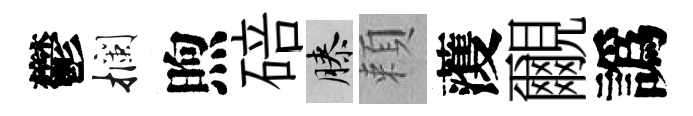
鬱攔煦碚膝頼𮑮覼譌